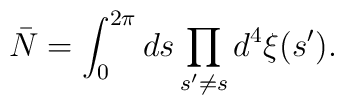
\bar{N} = \int_0^{2\pi} ds \prod_{s' \neq s} d^4\xi(s').